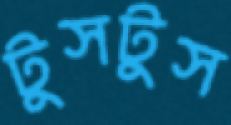
টুসটুস